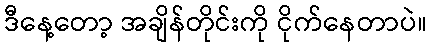
ဒီနေ့တော့ အချိန်တိုင်းကို ငိုက်နေတာပဲ။